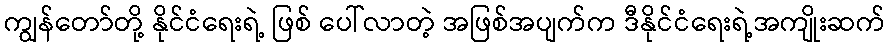
ကျွန်တော်တို့ နိုင်ငံရေးရဲ့ ဖြစ် ပေါ်လာတဲ့ အဖြစ်အပျက်က ဒီနိုင်ငံရေးရဲ့အကျိုးဆက်